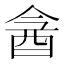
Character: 酓